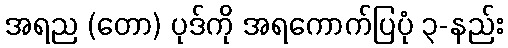
အရည (တော) ပုဒ်ကို အရကောက်ပြပုံ ၃-နည်း